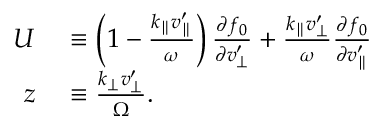
\begin{array} { r l } { U } & { { } \equiv \left( 1 - \frac { k _ { \parallel } v _ { \parallel } ^ { \prime } } { \omega } \right) \frac { \partial f _ { 0 } } { \partial v _ { \perp } ^ { \prime } } + \frac { k _ { \parallel } v _ { \perp } ^ { \prime } } { \omega } \frac { \partial f _ { 0 } } { \partial v _ { \parallel } ^ { \prime } } } \\ { z } & { { } \equiv \frac { k _ { \perp } v _ { \perp } ^ { \prime } } { \Omega } . } \end{array}